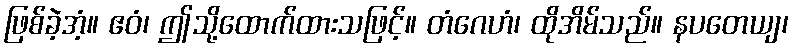
ဖြစ်ခဲ့အံ့။ ဧဝံ၊ ဤသို့ထောက်ထားသဖြင့်။ တံဂေဟံ၊ ထိုအိမ်သည်။ နပတေယျ၊